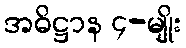
အဓိဋ္ဌာန ၄-မျိုး